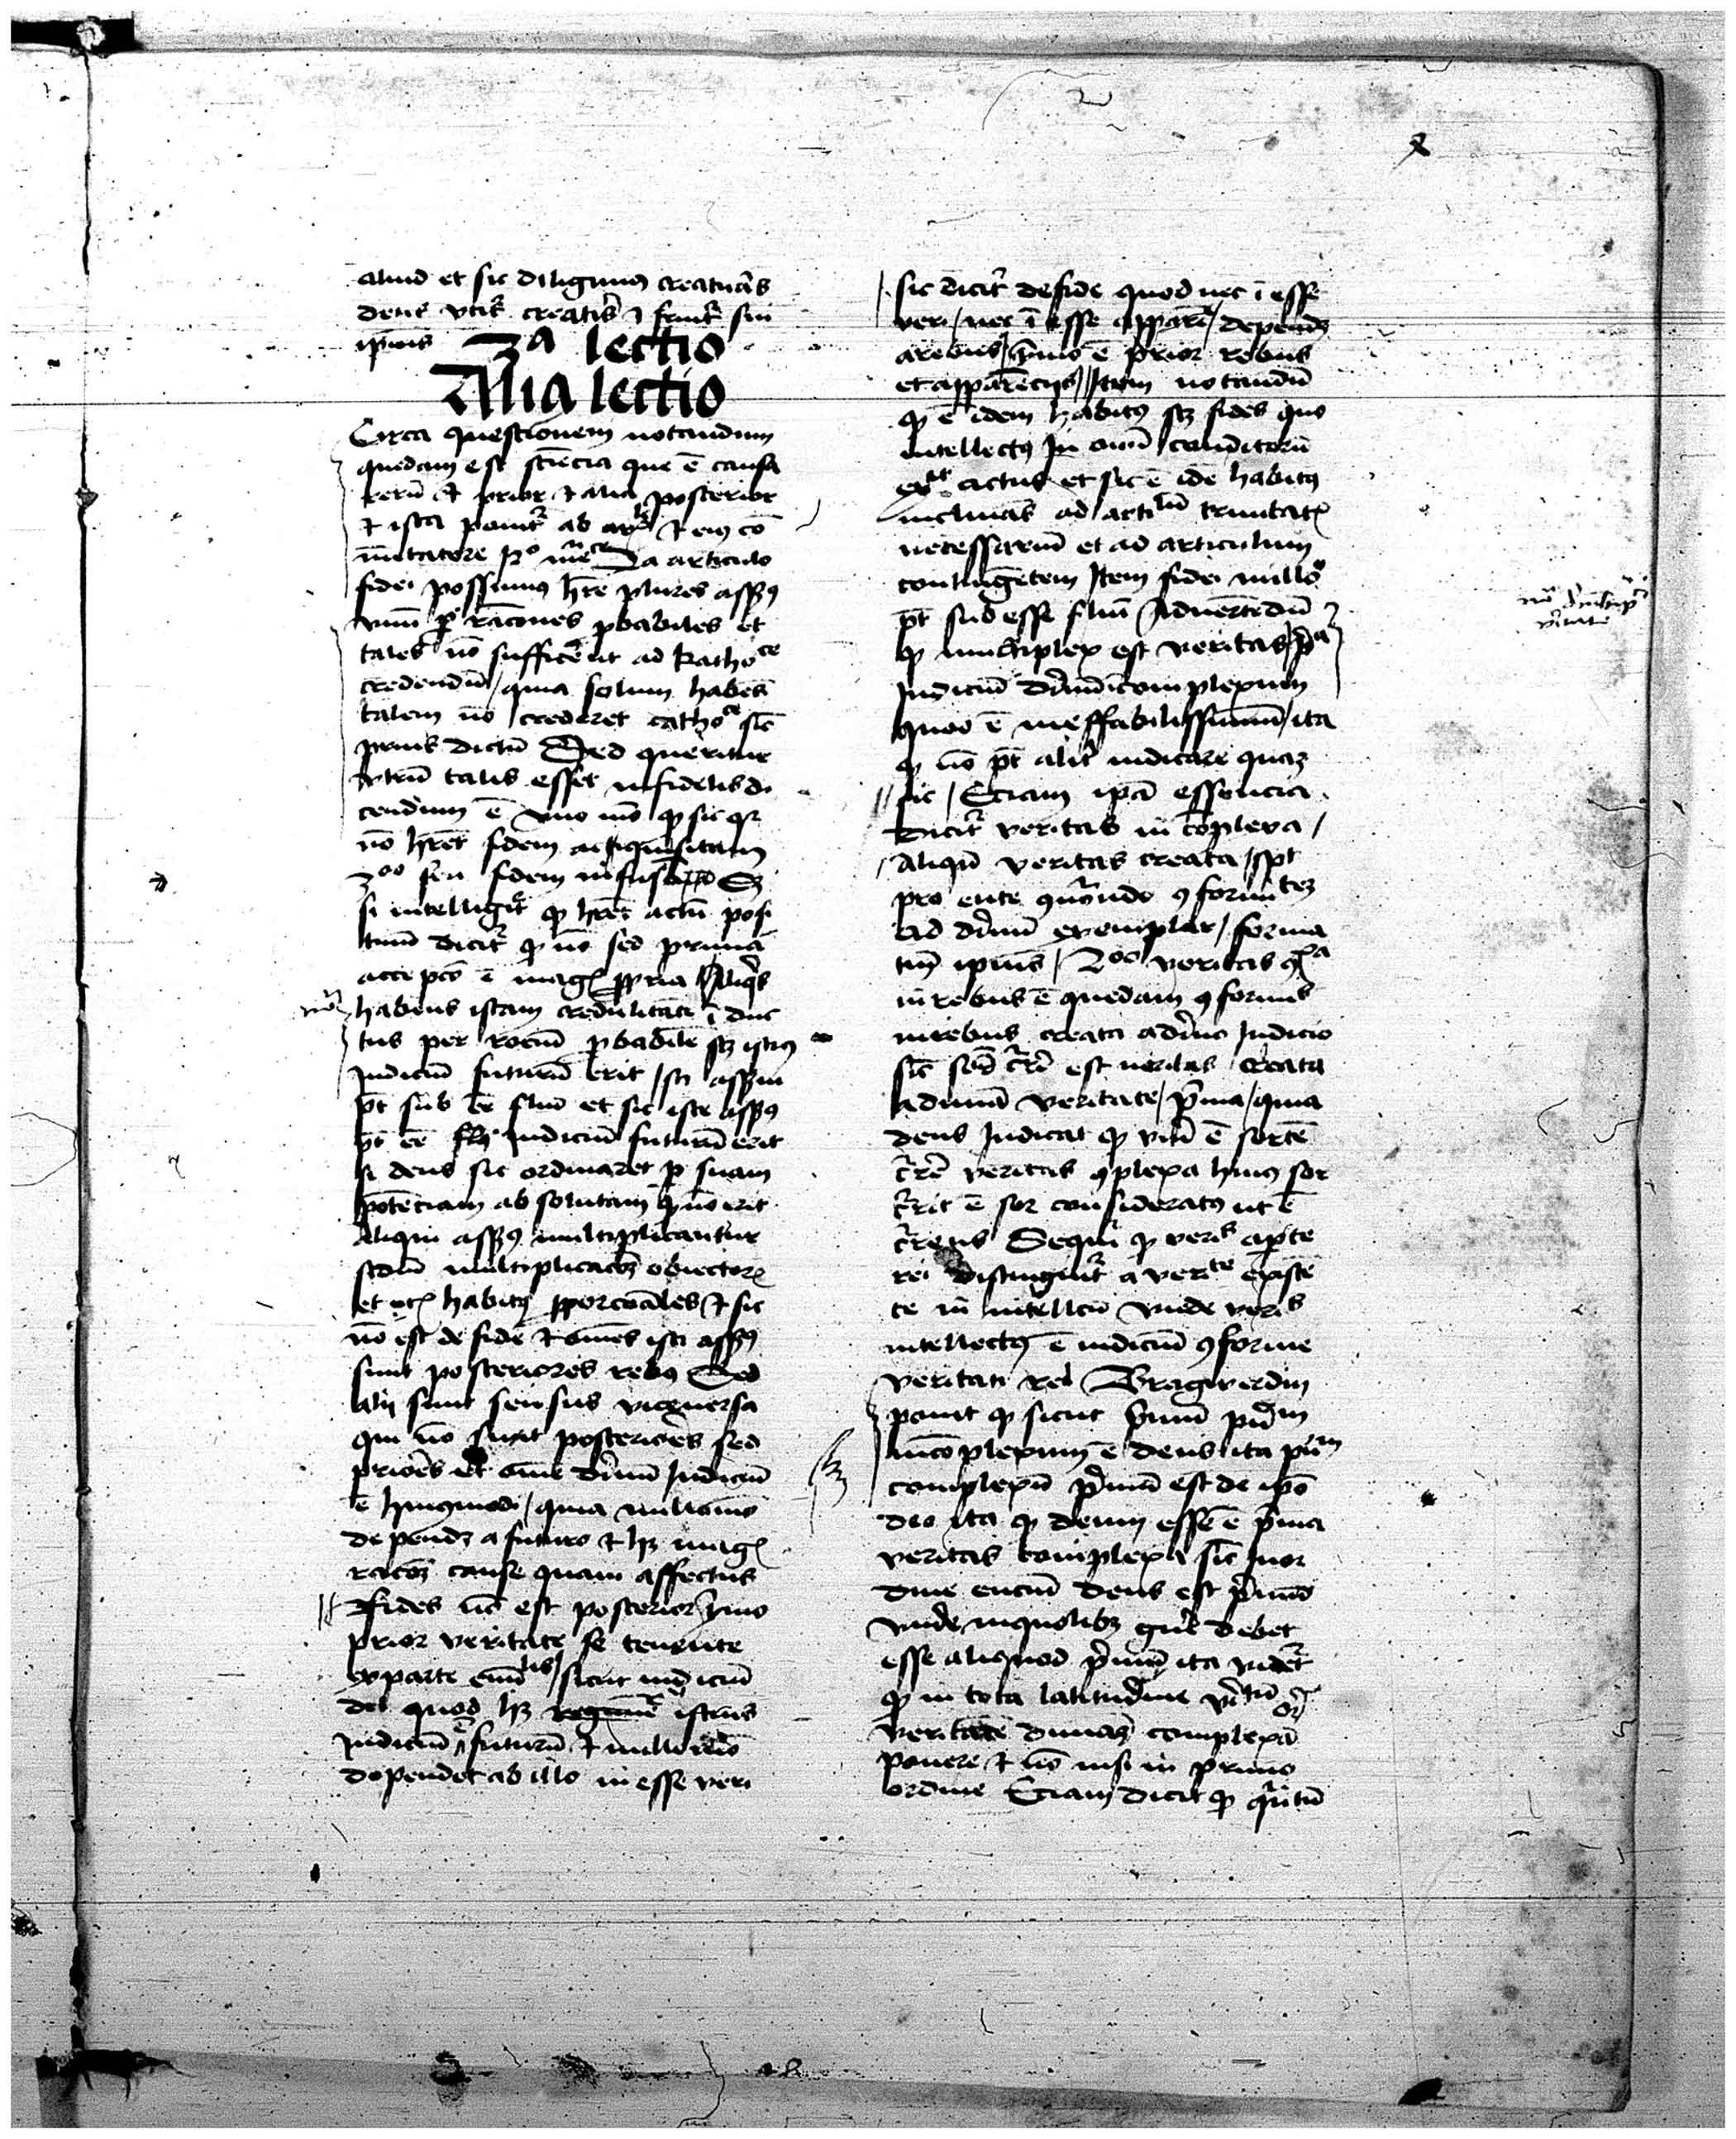
Shelfmark: Vatican, Biblioteca Apostolica Vaticana, Pal. Lat. 373
Century: 15